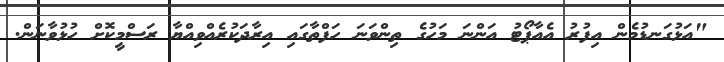
"އަޅުގަނޑުމެން އިފުރު އެއާޕޯޓު އަންނަ މަހުގެ ތިންވަނަ ހަފްތާގައި އިރާދަކުރެއްވިއްޔާ ރަސްމީކޮށް ހުޅުވާނަން.